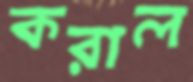
করাল